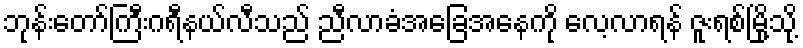
ဘုန်းတော်ကြီးဂရီနယ်လီသည် ညီလာခံအခြေအနေကို လေ့လာရန် ဇူးရစ်မြို့သို့